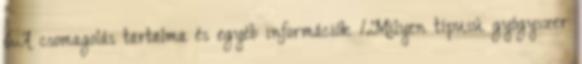
6.A csomagolás tartalma és egyéb információk 1.Milyen típusú gyógyszer